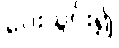
ပေးသွင်း၍